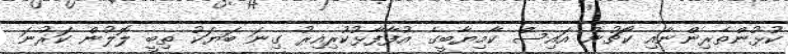
ކުޅުންތެރިންނާއި ކޯޗުން އައިސް ކާމިޔާބީގެ އުފާފާޅުކުރިއިރު ގިނަ ބަޔަކު ތިބީ ލޮލުން ކަރުނަ